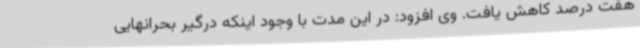
هفت درصد کاهش یافت. وی افزود: در این مدت با وجود اینکه درگیر بحرانهایی